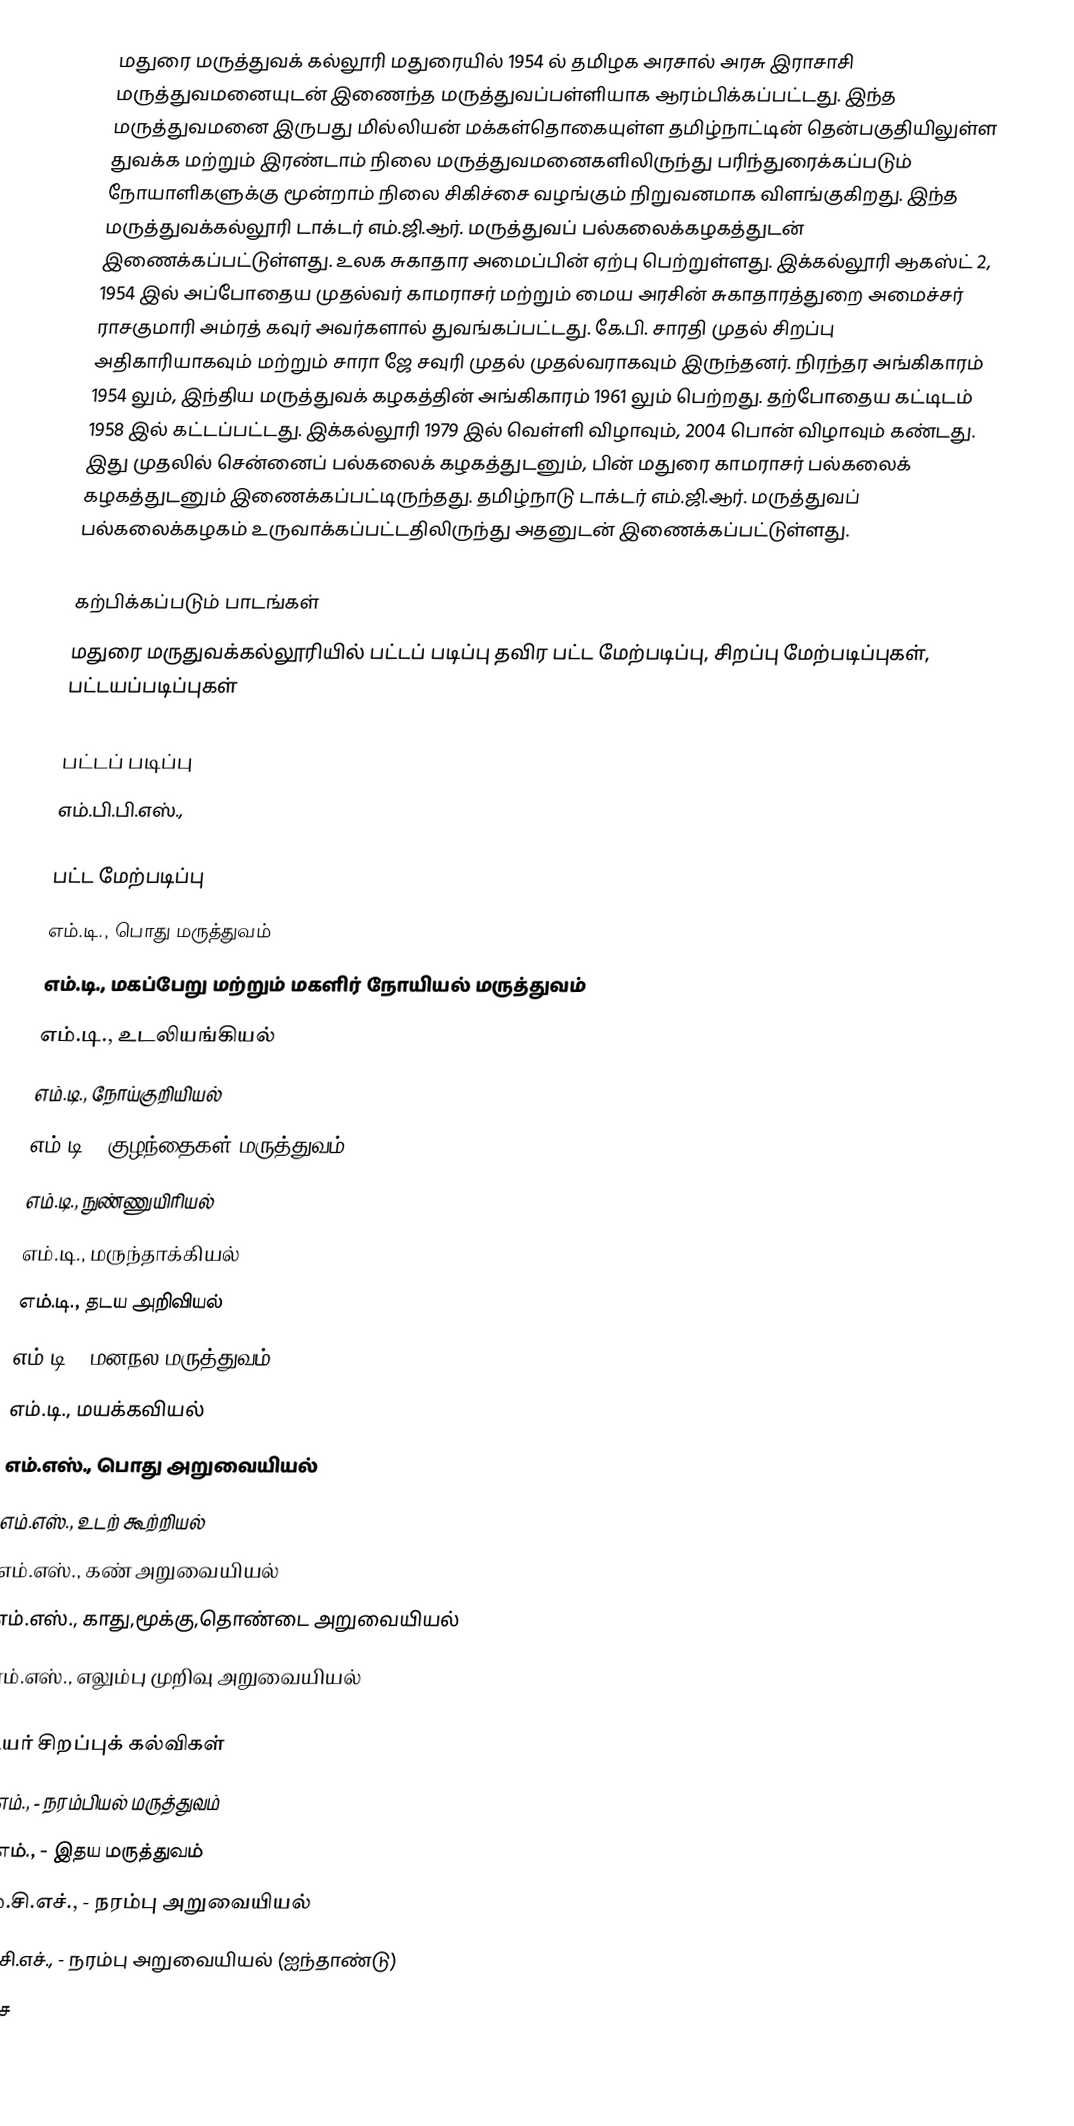
மதுரை மருத்துவக் கல்லூரி மதுரையில் 1954 ல் தமிழக அரசால் அரசு இராசாசி மருத்துவமனையுடன் இணைந்த மருத்துவப்பள்ளியாக ஆரம்பிக்கப்பட்டது. இந்த மருத்துவமனை இருபது மில்லியன் மக்கள்தொகையுள்ள தமிழ்நாட்டின் தென்பகுதியிலுள்ள துவக்க மற்றும் இரண்டாம் நிலை மருத்துவமனைகளிலிருந்து பரிந்துரைக்கப்படும் நோயாளிகளுக்கு மூன்றாம் நிலை சிகிச்சை வழங்கும் நிறுவனமாக விளங்குகிறது. இந்த மருத்துவக்கல்லூரி டாக்டர் எம்.ஜி.ஆர். மருத்துவப் பல்கலைக்கழகத்துடன் இணைக்கப்பட்டுள்ளது. உலக சுகாதார அமைப்பின் ஏற்பு பெற்றுள்ளது. இக்கல்லூரி ஆகஸ்ட் 2, 1954 இல் அப்போதைய முதல்வர் காமராசர் மற்றும் மைய அரசின் சுகாதாரத்துறை அமைச்சர் ராசகுமாரி அம்ரத் கவுர் அவர்களால் துவங்கப்பட்டது. கே.பி. சாரதி முதல் சிறப்பு அதிகாரியாகவும் மற்றும் சாரா ஜே சவுரி முதல் முதல்வராகவும் இருந்தனர். நிரந்தர அங்கிகாரம் 1954 லும், இந்திய மருத்துவக் கழகத்தின் அங்கிகாரம் 1961 லும் பெற்றது. தற்போதைய கட்டிடம் 1958 இல் கட்டப்பட்டது.  இக்கல்லூரி 1979 இல் வெள்ளி விழாவும், 2004 பொன் விழாவும் கண்டது. இது முதலில் சென்னைப் பல்கலைக் கழகத்துடனும், பின் மதுரை காமராசர் பல்கலைக் கழகத்துடனும் இணைக்கப்பட்டிருந்தது. தமிழ்நாடு டாக்டர் எம்.ஜி.ஆர். மருத்துவப் பல்கலைக்கழகம் உருவாக்கப்பட்டதிலிருந்து அதனுடன் இணைக்கப்பட்டுள்ளது.

கற்பிக்கப்படும் பாடங்கள்
மதுரை மருதுவக்கல்லூரியில் பட்டப் படிப்பு தவிர பட்ட மேற்படிப்பு, சிறப்பு மேற்படிப்புகள், பட்டயப்படிப்புகள்

பட்டப் படிப்பு
எம்.பி.பி.எஸ்.,

பட்ட மேற்படிப்பு
 எம்.டி., பொது மருத்துவம்
 எம்.டி., மகப்பேறு மற்றும் மகளிர் நோயியல் மருத்துவம்
 எம்.டி., உடலியங்கியல்
 எம்.டி., நோய்குறியியல்
 எம்.டி., குழந்தைகள் மருத்துவம்
 எம்.டி., நுண்ணுயிரியல்
 எம்.டி., மருந்தாக்கியல்
 எம்.டி., தடய அறிவியல்
 எம்.டி., மனநல மருத்துவம்
 எம்.டி., மயக்கவியல்
 எம்.எஸ்., பொது அறுவையியல்
 எம்.எஸ்., உடற் கூற்றியல்
 எம்.எஸ்., கண் அறுவையியல்
 எம்.எஸ்., காது,மூக்கு,தொண்டை அறுவையியல்
 எம்.எஸ்., எலும்பு முறிவு அறுவையியல்

உயர் சிறப்புக் கல்விகள்
 டி.எம்.,            -          நரம்பியல் மருத்துவம்
 டி.எம்.,            -          இதய மருத்துவம்
 எம்.சி.எச்.,        -          நரம்பு அறுவையியல்
 எம்.சி.எச்.,        -          நரம்பு அறுவையியல் (ஐந்தாண்டு)
 எம்.ச